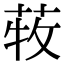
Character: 𦱒